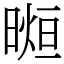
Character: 𣉖